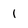
Character: 1